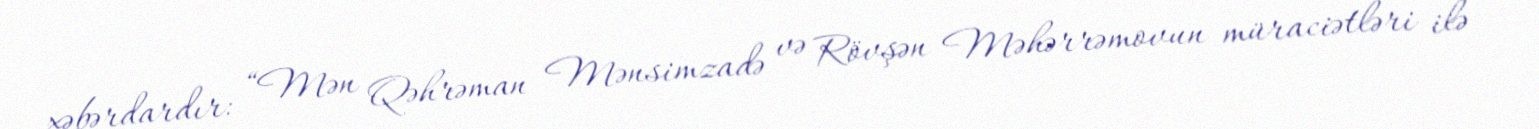
xəbərdardır: “Mən Qəhrəman Mənsimzadə və Rövşən Məhərrəmovun müraciətləri ilə